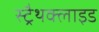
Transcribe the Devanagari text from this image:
स्ट्रैथक्लाइड